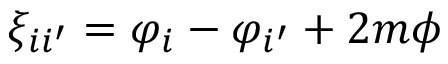
\xi _ { i i ^ { \prime } } = \varphi _ { i } - \varphi _ { i ^ { \prime } } + 2 m \phi